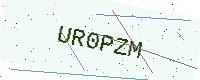
Text: UR0PZM